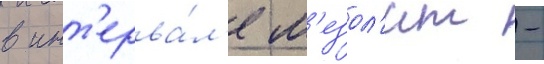
в инт'ерва́л'е м'езол'ит -